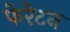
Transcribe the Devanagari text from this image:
फेरेटन